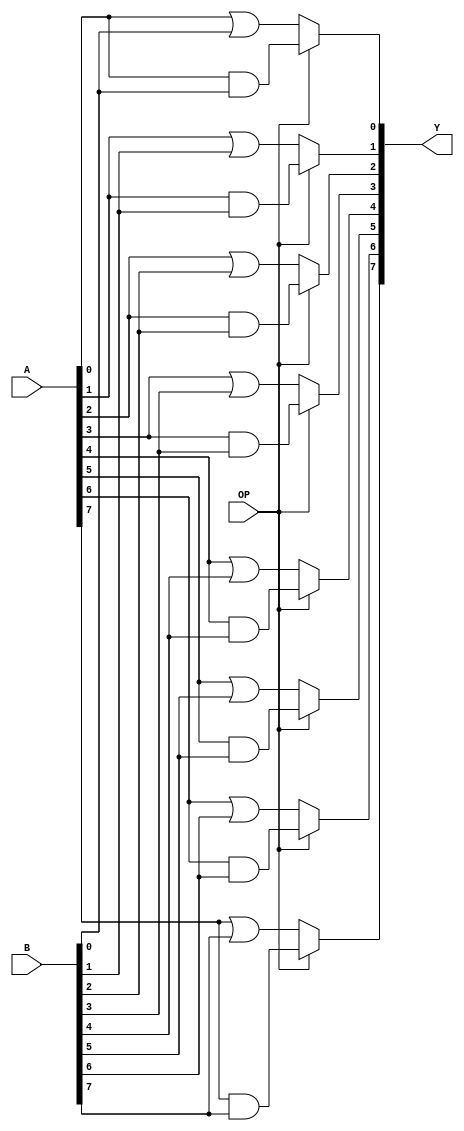
module logical(A, B, OP, Y); // add all inputs and outputs inside parentheses
// inputs
  input [7:0] A;
  input [7:0] B;
  input       OP;
  
  // outputs
  output reg [7:0] Y;
  
  // reg and internal variable definitions
  
  
  // implement module here
  always @ (*) begin
	  if(OP == 1'b1)begin
		  Y[0] <= A[0] & B[0];
		  Y[1] <= A[1] & B[1];
		  Y[2] <= A[2] & B[2];
		  Y[3] <= A[3] & B[3];
		  Y[4] <= A[4] & B[4];
		  Y[5] <= A[5] & B[5];
		  Y[6] <= A[6] & B[6];
		  Y[7] <= A[7] & B[7];
	  end else begin
		  Y[0] <= A[0] | B[0];
		  Y[1] <= A[1] | B[1];
		  Y[2] <= A[2] | B[2];
		  Y[3] <= A[3] | B[3];
		  Y[4] <= A[4] | B[4];
		  Y[5] <= A[5] | B[5];
		  Y[6] <= A[6] | B[6];
		  Y[7] <= A[7] | B[7];  
	  end
  end
endmodule